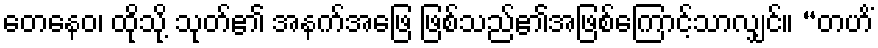
တေနေဝ၊ ထိုသို့ သုတ်၏ အနက်အဖြေ ဖြစ်သည်၏အဖြစ်ကြောင့်သာလျှင်။ “တဟိံ